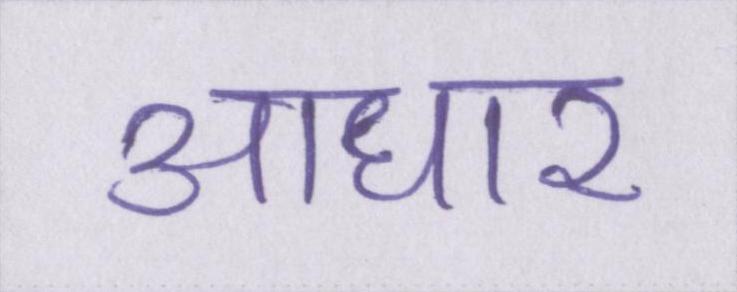
आधार